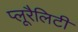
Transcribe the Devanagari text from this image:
प्लूरैलिटी